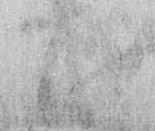
は